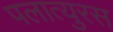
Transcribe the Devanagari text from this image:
पलात्युरस